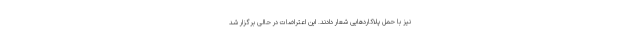
نیز با حمل پلاکاردهایی شعار دادند. این اعتراضات در حالی برگزار شد